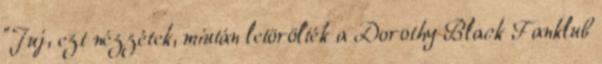
"Juj, ezt nézzétek, miután letörölték a Dorothy Black Fanklub